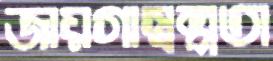
জায়গাস্বল্পতা